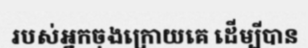
របស់អ្នកចុងក្រោយគេ ដើម្បីបាន